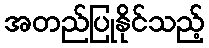
အတည်ပြုနိုင်သည့်